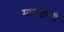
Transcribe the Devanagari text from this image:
माताटोली